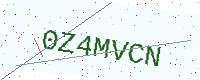
Text: 0Z4MVCN